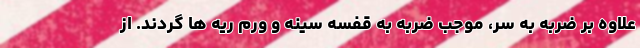
علاوه بر ضربه به سر، موجب ضربه به قفسه سینه و ورم ریه ها گردند. از